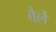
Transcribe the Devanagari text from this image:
वैर्ले